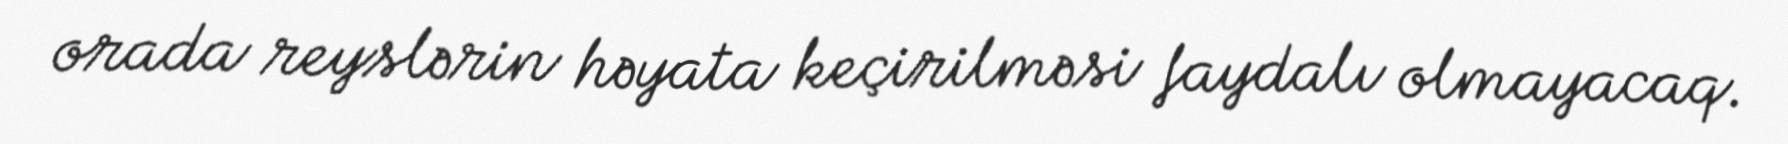
orada reyslərin həyata keçirilməsi faydalı olmayacaq.